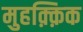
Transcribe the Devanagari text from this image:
मुहक़्क़िक